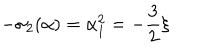
LaTeX: - \sigma _ { 2 } ( \alpha ) = \alpha _ { 1 } ^ { 2 } = - \frac 3 2 \xi